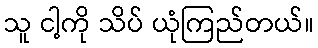
သူ ငါ့ကို သိပ် ယုံကြည်တယ်။